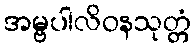
အမ္ဗပါလိဝနသုတ္တံ